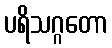
ပရိသဂ္ဂတော